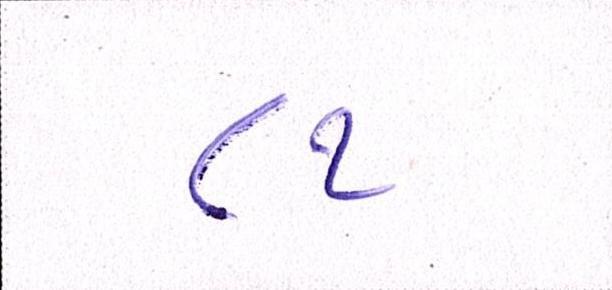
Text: ૮૧